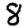
Digit: 8